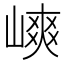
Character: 𡻯